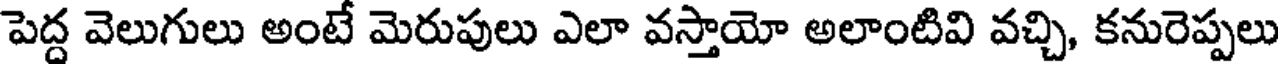
పెద్ద వెలుగులు అంటే మెరుపులు ఎలా వస్తాయో అలాంటివి వచ్చి, కనురెప్పలు